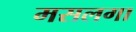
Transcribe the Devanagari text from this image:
मसलगा